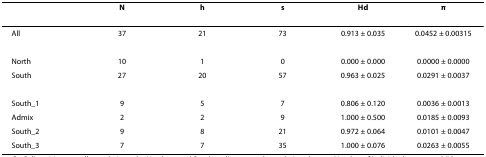
<table><thead><tr><td></td><td><b>N</b></td><td><b>h</b></td><td><b>s</b></td><td><b>Hd</b></td><td><b>π</b></td></tr></thead><tbody><tr><td>All</td><td>37</td><td>21</td><td>73</td><td>0.913 ± 0.035</td><td>0.0452 ± 0.00315</td></tr><tr><td>North</td><td>10</td><td>1</td><td>0</td><td>0.000 ± 0.000</td><td>0.0000 ± 0.0000</td></tr><tr><td>South</td><td>27</td><td>20</td><td>57</td><td>0.963 ± 0.025</td><td>0.0291 ± 0.0037</td></tr><tr><td>South_1</td><td>9</td><td>5</td><td>7</td><td>0.806 ± 0.120</td><td>0.0036 ± 0.0013</td></tr><tr><td>Admix</td><td>2</td><td>2</td><td>9</td><td>1.000 ± 0.500</td><td>0.0185 ± 0.0093</td></tr><tr><td>South_2</td><td>9</td><td>8</td><td>21</td><td>0.972 ± 0.064</td><td>0.0101 ± 0.0047</td></tr><tr><td>South_3</td><td>7</td><td>7</td><td>35</td><td>1.000 ± 0.076</td><td>0.0263 ± 0.0055</td></tr></tbody></table>